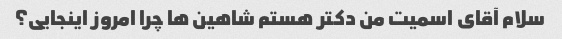
سلام آقای اسمیت من دکتر هستم شاهین ها چرا امروز اینجایی؟